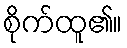
စိုက်ထူ၏။